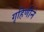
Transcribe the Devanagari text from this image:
गृहिणीने